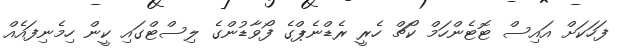
ފަހަކަށް އައިސް ޓޮޓެންހަމް ކޯޗް ހެރީ ރެޑްނެޕްގެ ފޯވާޑުންގެ ލިސްޓްގައި ކީން ހިމެނިފައެއް